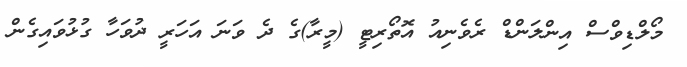
މޯލްޑިވްސް އިންލަންޑް ރެވެނިއު އޮތޯރިޓީ (މީރާ)ގެ ދެ ވަނަ އަހަރީ ދުވަހާ ގުޅުވައިގެން